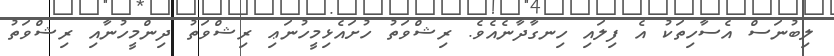
ލިބުނަސް އެސާހިތަކު އެ ފިލައި ހިނގާދާނެއެވެ. ރިޝްވަތު ހުށައެޅިމީހުނަޢި ރިޝްވަތު ދިންމީހުނާއި ރިޝްވަތު